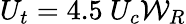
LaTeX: U_{t}=4.5~U_{c}{\mathcal{W}}_{R}